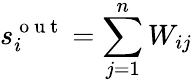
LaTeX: s_{i}^{\mathrm{~o~u~t~}}=\sum_{j=1}^{n}W_{ij}